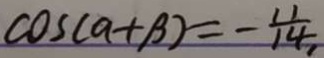
C O S ( a + \beta ) = - \frac { 1 1 } { 1 4 } ,